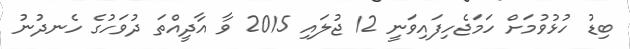
ބިޑު ހުޅުވުމަށް ހަމަޖެހިފައިވަނީ 12 ޖުލައި 2015 ވާ އާދީއްތަ ދުވަހުގެ ހެނދުނު